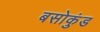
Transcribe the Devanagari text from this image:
बसोकुंड